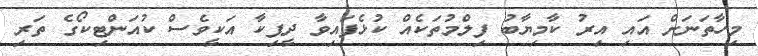
މިހާތަނަށް އައި އިރު ކާމިޔާބު ފިލްމުތަކެއް ކުޅެފައިވާ ދީޕިކާ އަކީވެސް ކުއަންޓިކޯގެ ތަރި